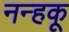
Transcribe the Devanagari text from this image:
नन्हकू